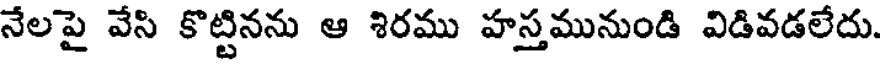
నేలపై వేసి కొట్టినను ఆ శిరము హస్తమునుండి విడివడలేదు.